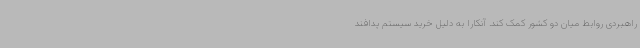
راهبردی روابط میان دو کشور کمک کند. آنکارا به دلیل خرید سیستم پدافند